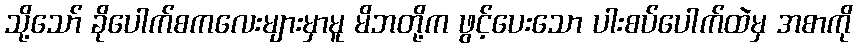
သို့သော် ခိုပေါက်စကလေးများမှာမူ မိဘတို့က ဖွင့်ပေးသော ပါးစပ်ပေါက်ထဲမှ အစာကို